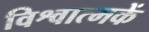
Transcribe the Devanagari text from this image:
विश्वात्मकें